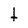
Character: t